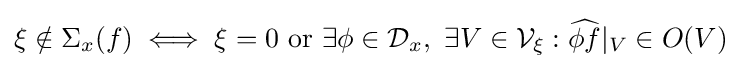
\xi \notin \Sigma _{x}(f)\iff \xi =0{\text{ or }}\exists \phi \in {\mathcal {D}}_{x},\ \exists V\in {\mathcal {V}}_{\xi }:{\widehat {\phi f}}|_{V}\in O(V)